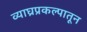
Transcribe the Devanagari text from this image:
व्याघ्रप्रकल्पातून